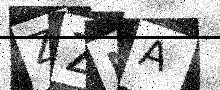
Text: ZZNA